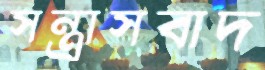
সন্ত্রাসবাদ